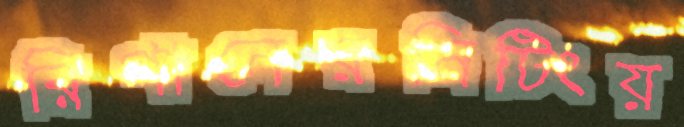
রিগানেরমিটিংয়